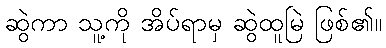
ဆွဲကာ သူ့ကို အိပ်ရာမှ ဆွဲထူမြဲ ဖြစ်၏။